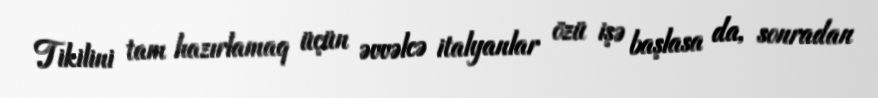
Tikilini tam hazırlamaq üçün əvvəlcə italyanlar özü işə başlasa da, sonradan